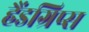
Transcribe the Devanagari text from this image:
हैंडग्रिप्स